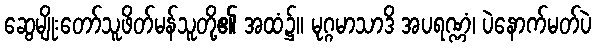
ဆွေမျိုးတော်သူဖိတ်မန်သူတို့၏ အထံ၌။ မုဂ္ဂမာသာဒိ အပရဏ္ဏံ၊ ပဲနောက်မတ်ပဲ